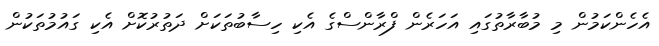
އެހެންކަމުން މި މުބާރާތުގައި އަހަރެން ފްރާންސްގެ އެކި ހިސާބުތަކަށް ދަތުރުކޮށް އެކި ގައުމުތަކުން